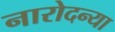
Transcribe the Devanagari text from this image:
नारोदन्या